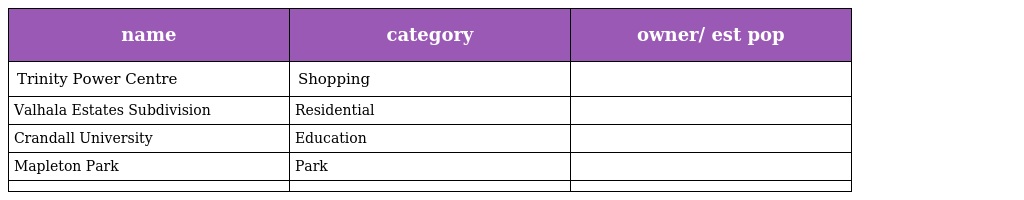
| name | category | owner/ est pop |
 | --- | --- | --- |
 | Trinity Power Centre | Shopping |  |
 | Valhala Estates Subdivision | Residential |  |
 | Crandall University | Education |  |
 | Mapleton Park | Park |  |
 |  |  |  |